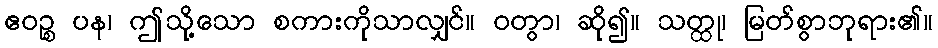
ဧဝဉ္စ ပန၊ ဤသို့သော စကားကိုသာလျှင်။ ဝတွာ၊ ဆို၍။ သတ္ထု၊ မြတ်စွာဘုရား၏။